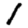
Digit: 1